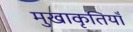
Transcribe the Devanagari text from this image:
मुखाकृतियाँ